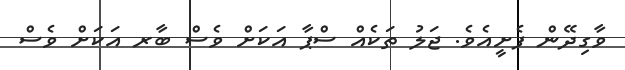
ވާގިދޭން ފެށީއެވެ. ޖަލު ތަކެއް ސްޕާ އަކަށް ވެސް ބާރ އަކަށް ވެސް